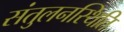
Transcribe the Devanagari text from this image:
संतुलनस्थिति